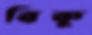
বিকু